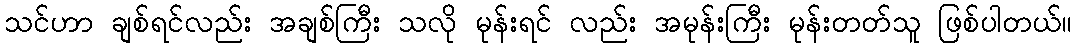
သင်ဟာ ချစ်ရင်လည်း အချစ်ကြီး သလို မုန်းရင် လည်း အမုန်းကြီး မုန်းတတ်သူ ဖြစ်ပါတယ်။